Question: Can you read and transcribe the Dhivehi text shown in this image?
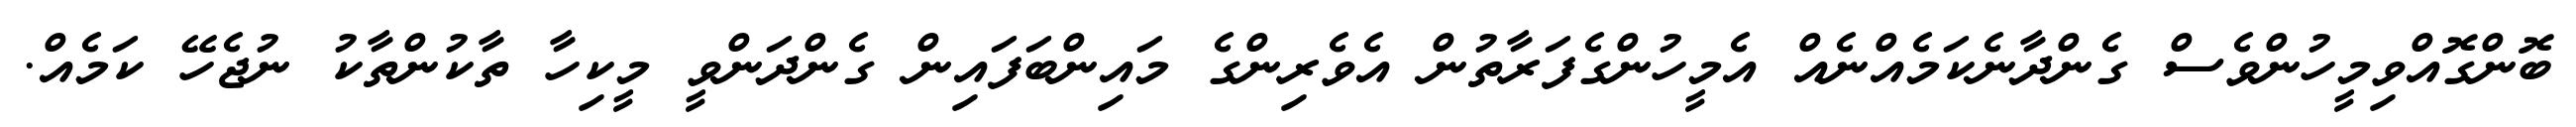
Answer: ބޮންގޮއްވިމީހުންވެސް ގެންދާނެކަމެއްނެއް އެމީހުންގެފަރާތުން އެވެރިންގެ މައިންބަފައިން ގެންދަންވީ މީކިހާ ތާކުންތާކު ނުޖެހޭ ކަމެއް.